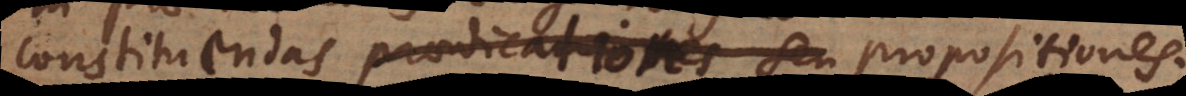
constituendas praedicationes seu propositiones.